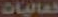
فعاليات